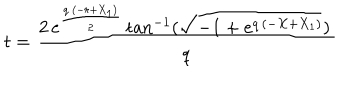
t = { \frac { 2 \, { e ^ { { \frac { q \, \left( - r + { X _ { 1 } } \right) } { 2 } } } } \, \mathrm { t a n } ^ { - 1 } ( { \sqrt { - 1 + { e ^ { q \, \left( - X + { X _ { 1 } } \right) } } } } ) \, { } } { q } }